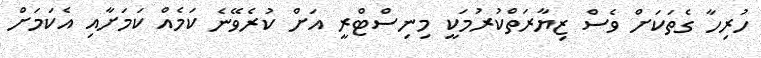
ހުރިހާ ގެތަކަށް ވެސް ޒިޔާރަތްކުރުމަކީ މިނިސްޓްރީ އަށް ކުރެވޭނެ ކަމެއް ކަމަށާއި އެކަމަށް